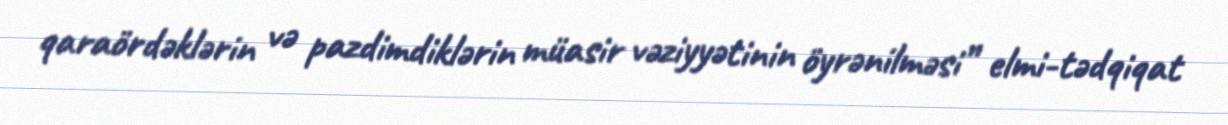
qaraördəklərin və pazdimdiklərin müasir vəziyyətinin öyrənilməsi” elmi-tədqiqat